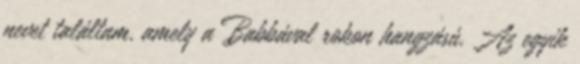
nevet találtam, amely a Babbával rokon hangzású. Az egyik